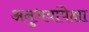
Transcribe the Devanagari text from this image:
अनुभवांपेक्षा